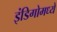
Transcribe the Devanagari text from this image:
इंडिगोमध्ये